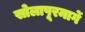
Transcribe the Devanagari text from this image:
सोलापूरमार्गे